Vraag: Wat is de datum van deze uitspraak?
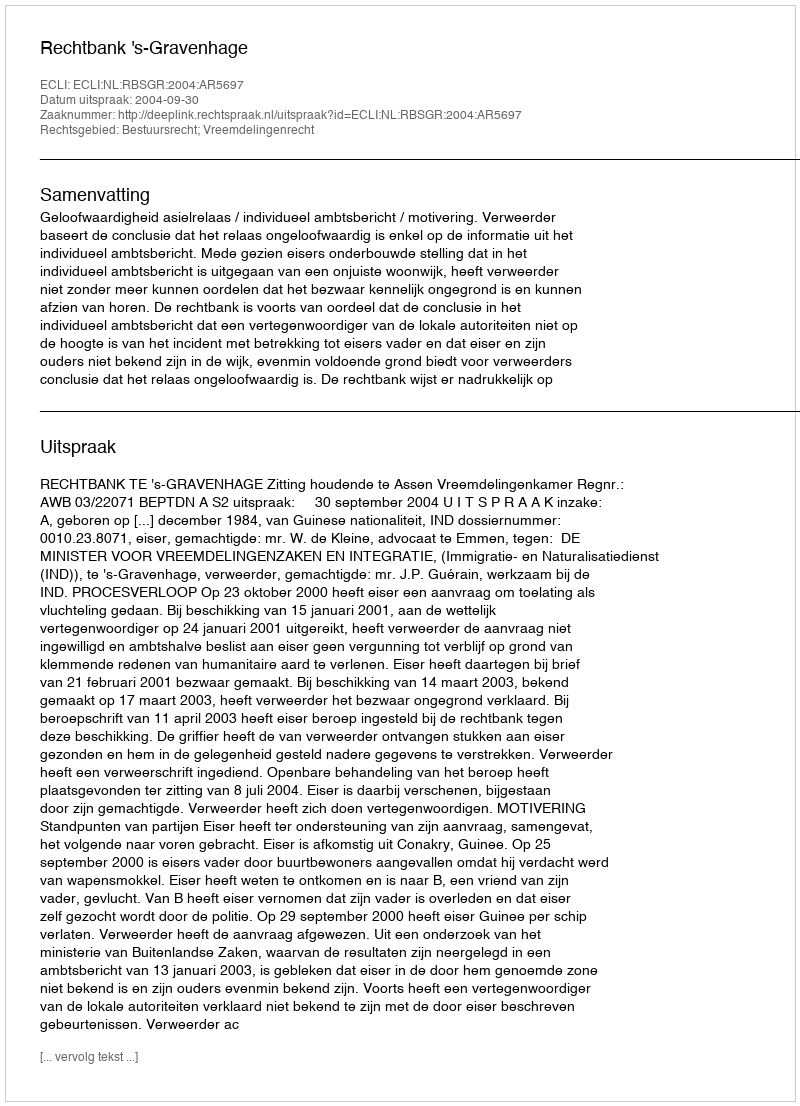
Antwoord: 2004-09-30